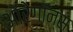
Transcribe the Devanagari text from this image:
ऑरेगॉन्स